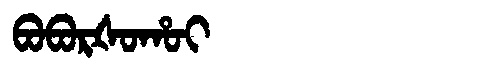
Manchu: ᠪᠣᠪᠣᡵᡧᠣᡥᠣᡳ
Romanization: BOBORŠOHOI